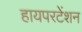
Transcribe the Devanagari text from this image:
हायपरटेंशन